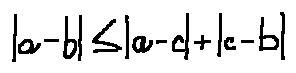
| a - b | \leq | a - c | + | c - b |